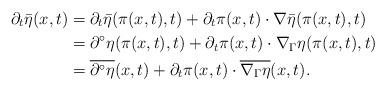
LaTeX: \begin{align*} \partial_t\bar{\eta}(x,t) &= \partial_t\bar{\eta}(\pi(x,t),t)+\partial_t\pi(x,t)\cdot\nabla\bar{\eta}(\pi(x,t),t) \\ &= \partial^\circ\eta(\pi(x,t),t)+\partial_t\pi(x,t)\cdot\nabla_\Gamma\eta(\pi(x,t),t) \\ &= \overline{\partial^\circ\eta}(x,t)+\partial_t\pi(x,t)\cdot\overline{\nabla_\Gamma\eta}(x,t). \end{align*}